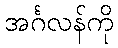
အင်္ဂလန်ကို